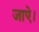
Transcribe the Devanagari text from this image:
जाऐ।